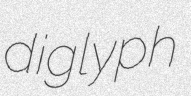
diglyph